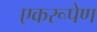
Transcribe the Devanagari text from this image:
एकरूपेण